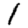
Digit: 1